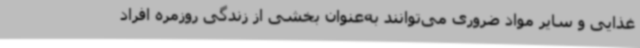
غذایی و سایر مواد ضروری می‌توانند به‌عنوان بخشی از زندگی روزمره افراد